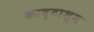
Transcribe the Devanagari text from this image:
काष्टाश्म